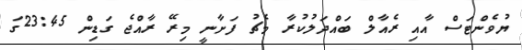
ޔުވެންޓަސް އާއި ރެއާލް ބައްދަލުކުރާ މެޗު ފަށާނީ މިރޭ ރާއްޖެ ގަޑިން 23:45ގަ